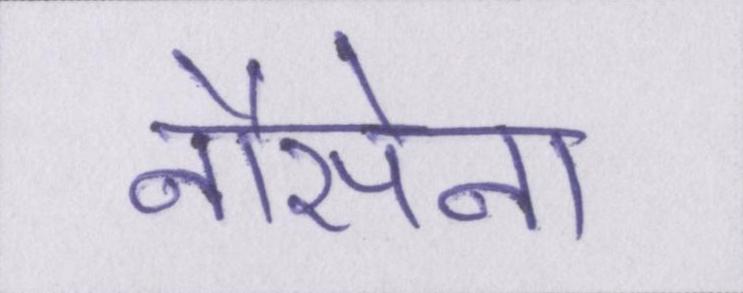
नौसेना